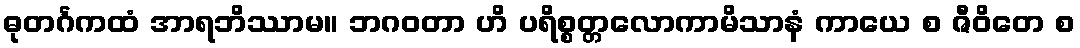
ဓုတင်္ဂကထံ အာရဘိဿာမ။ ဘဂဝတာ ဟိ ပရိစ္စတ္တလောကာမိသာနံ ကာယေ စ ဇီဝိတေ စ